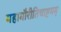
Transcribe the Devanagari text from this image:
महागौरीतिचाष्टमम्